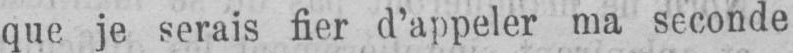
que je serais fier d’appeler ma seconde